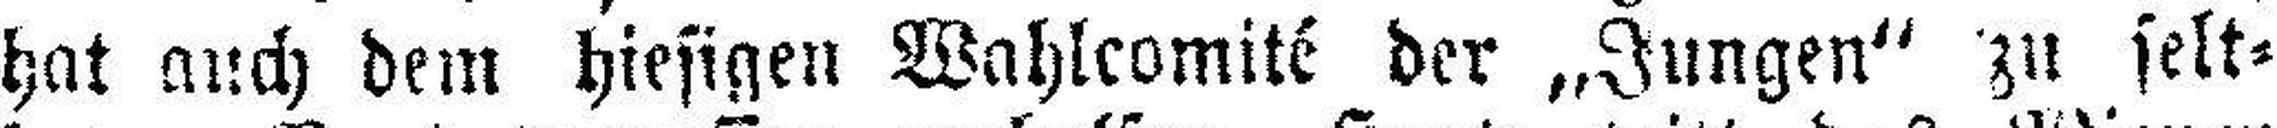
hat auch dem hiesigen Wahlcomité der „Jungen“ zu selt¬